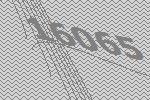
16065